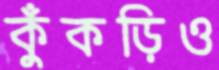
কুঁকড়িও